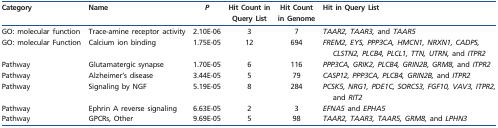
| Category | Name | P | Hit Count in Query List | Hit Count in Genome | Hit in Query List |
 | --- | --- | --- | --- | --- | --- |
 | GO: molecular function | Trace-amine receptor activity | 2.10E-06 | 3 | 7 | TAAR2, TAAR3, and TAAR5 |
 | GO: molecular Function | Calcium ion binding | 1.75E-05 | 12 | 694 | FREM2, EYS, PPP3CA, HMCN1, NRXN1, CADPS, CLSTN2, PLCB4, PLCL1, TTN, UTRN, and ITPR2 |
 | Pathway | Glutamatergic synapse | 1.70E-05 | 6 | 116 | PPP3CA, GRIK2, PLCB4, GRIN2B, GRM8, and ITPR2 |
 | Pathway | Alzheimer’s disease | 3.44E-05 | 5 | 79 | CASP12, PPP3CA, PLCB4, GRIN2B, and ITPR2 |
 | Pathway | Signaling by NGF | 5.19E-05 | 8 | 284 | PCSK5, NRG1, PDE1C, SORCS3, FGF10, VAV3, ITPR2, and RIT2 |
 | Pathway | Ephrin A reverse signaling | 6.63E-05 | 2 | 3 | EFNA5 and EPHA5 |
 | Pathway | GPCRs, Other | 9.69E-05 | 5 | 98 | TAAR2, TAAR3, TAAR5, GRM8, and LPHN3 |